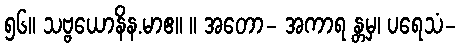
၅၆။ သဗ္ဗယောနိန.မာဧ။ ။ အတော- အကာရ န္တမှ၊ ပရေသံ-